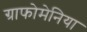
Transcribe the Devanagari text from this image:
ग्राफोमेनिया